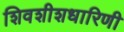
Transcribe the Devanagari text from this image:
शिवशीशधारिणी